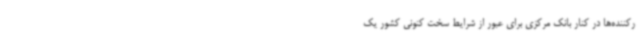
رکننده‌ها در کنار بانک مرکزی برای عبور از شرایط سخت کنونی کشور یک